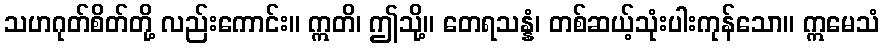
သဟဂုတ်စိတ်တို့ လည်းကောင်း။ ဣတိ၊ ဤသို့။ တေရသန္နံ၊ တစ်ဆယ့်သုံးပါးကုန်သော။ ဣမေသံ